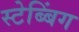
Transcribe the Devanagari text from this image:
स्टेब्बिंग